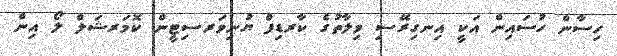
ހިސާން ހުސައިން އަކީ އިނގިރޭސި ވިލާތުގެ ކާރޑިފް ޔުނިވަރސިޓީން ކޮމަރޝަލް ލޯ އިން